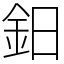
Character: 鈤